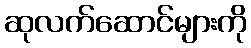
ဆုလက်ဆောင်များကို